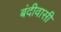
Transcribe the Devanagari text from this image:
बंदीवासी